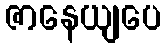
ဇာနေယျပေ